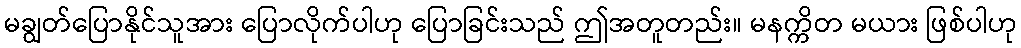
မချွတ်ပြောနိုင်သူအား ပြောလိုက်ပါဟု ပြောခြင်းသည် ဤအတူတည်း။ မနက္ကိတ မယား ဖြစ်ပါဟု